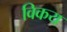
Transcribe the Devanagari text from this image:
विकय